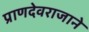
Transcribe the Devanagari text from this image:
प्राणदेवराजाने